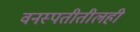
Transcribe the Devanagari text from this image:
वनस्पतीतीलही